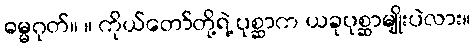
ဓမ္မဂုတ်။ ။ ကိုယ်တော်တို့ရဲ့ ပုစ္ဆာက ယခုပုစ္ဆာမျိုးပဲလား။